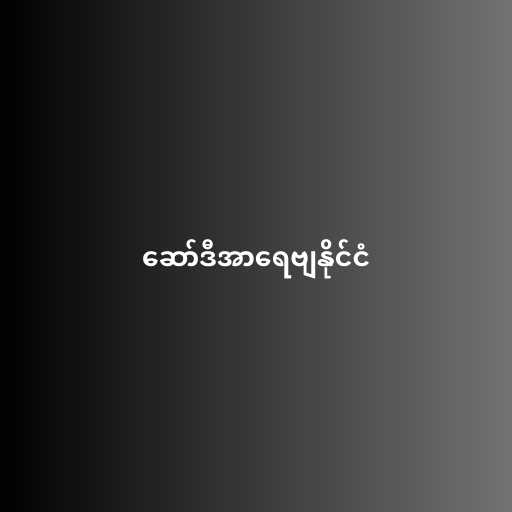
ဆော်ဒီအာရေဗျနိုင်ငံ